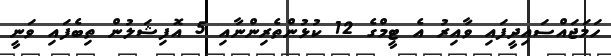
ހަމަޖައްސައިދީފައި ވާއިރު އެ ޓީމްގެ 12 ކުޅުންތެރިންނާއި 5 އޮފިޝަލުން ތިބެފައި ވަނީ